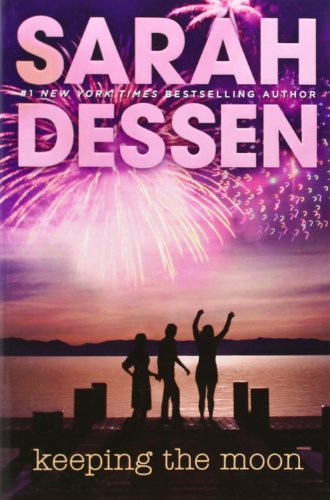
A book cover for Keeping the Moon; Sarah Dessen; Teen & Young Adult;